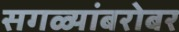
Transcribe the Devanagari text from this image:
सगळ्यांबरोबर